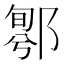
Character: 𨝁